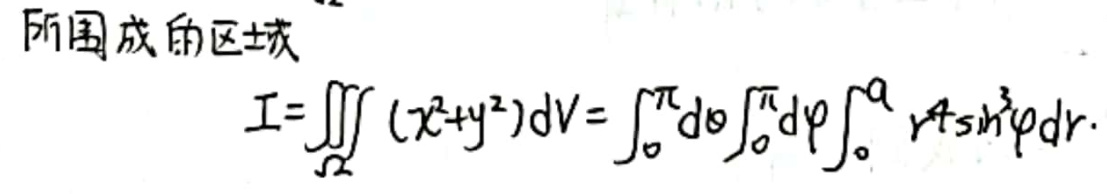
所围成的区域
\[
I = \iiint_{\Omega} (x^{2}+y^{2}) \mathrm{d}V = \int_{0}^{\pi} \mathrm{d}\theta \int_{0}^{\pi} \mathrm{d}\varphi \int_{0}^{a} r^{4} \sin^{3}\varphi \mathrm{d}r.
\]